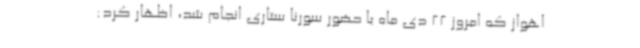
اهواز که امروز 22 دی ماه با حضور سورنا ستاری انجام شد، اظهار کرد: